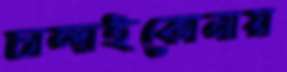
চান্দাইকোনায়